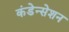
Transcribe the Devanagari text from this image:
कंडेन्सेशन